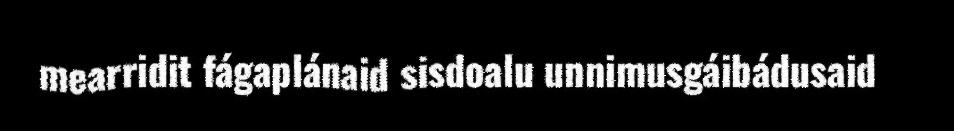
mearridit fágaplánaid sisdoalu unnimusgáibádusaid